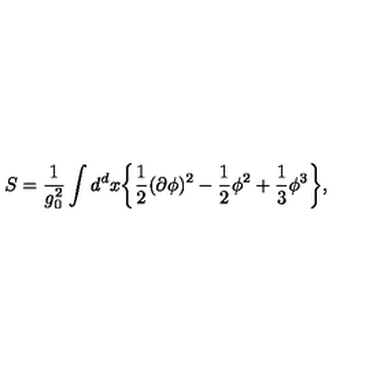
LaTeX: S = \frac { 1 } { g _ { 0 } ^ { 2 } } \int d ^ { d } x \bigg \{ \frac { 1 } { 2 } ( \partial \phi ) ^ { 2 } - \frac { 1 } { 2 } \phi ^ { 2 } + \frac { 1 } { 3 } \phi ^ { 3 } \bigg \} ,